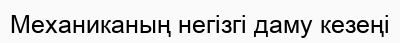
Механиканың негізгі даму кезеңі